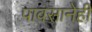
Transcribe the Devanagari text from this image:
पावसानेही